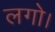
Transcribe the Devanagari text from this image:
लगो।